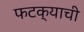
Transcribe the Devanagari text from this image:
फटक्याची